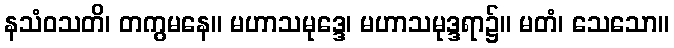
နသံဝသတိ၊ တကွမနေ။ မဟာသမုဒ္ဒေ၊ မဟာသမုဒ္ဒရာ၌။ မတံ၊ သေသော။